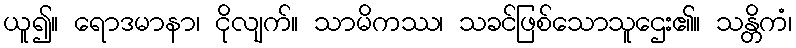
ယူ၍။ ရောဒမာနာ၊ ငိုလျက်။ သာမိကဿ၊ သခင်ဖြစ်သောသူဌေး၏။ သန္တိကံ၊